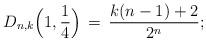
LaTeX: \begin{align*}D_{n,k}\Big(1,\frac{1}{4}\Big)\,=\,\frac{k(n-1)+2}{2^n};\end{align*}